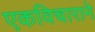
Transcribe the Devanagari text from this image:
एकविचाराने